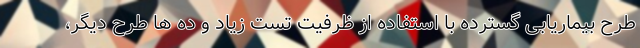
طرح بیماریابی گسترده با استفاده از ظرفیت تست زیاد و ده ها طرح دیگر،